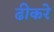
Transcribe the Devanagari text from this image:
ढीकरे